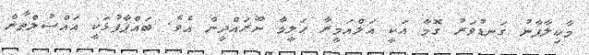
މާކިލާފާނު ގަނޑުވަރު ގޮމާ އަކީ އަލްއަމީރާ ޙަލީމާ ނޫރައްދީން އެވެ. ބައްޕާފުޅަކީ އައްސުލްޠާން